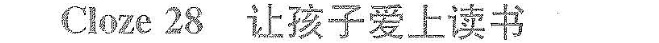
Cloze28 让孩子爱上读书